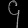
Digit: ၄